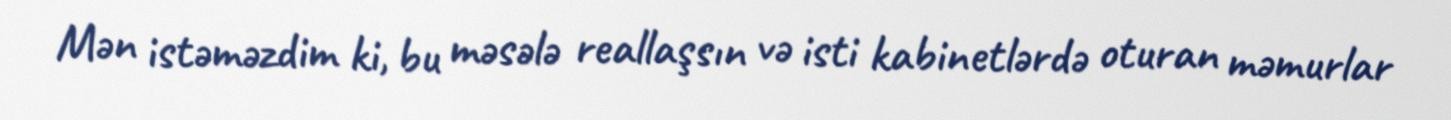
Mən istəməzdim ki, bu məsələ reallaşsın və isti kabinetlərdə oturan məmurlar